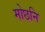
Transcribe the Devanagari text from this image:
मोछनि